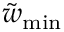
\tilde { w } _ { \mathrm { m i n } }